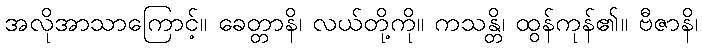
အလိုအာသာကြောင့်။ ခေတ္တာနိ၊ လယ်တို့ကို။ ကသန္တိ၊ ထွန်ကုန်၏။ ဗီဇာနိ၊